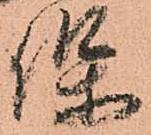
保